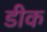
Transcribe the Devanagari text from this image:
डीक